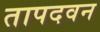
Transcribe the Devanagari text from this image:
तापदवन